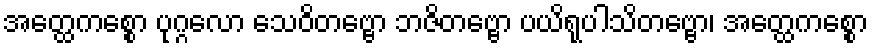
အတ္ထေကစ္စော ပုဂ္ဂလော သေဝိတဗ္ဗော ဘဇိတဗ္ဗော ပယိရုပါသိတဗ္ဗော၊ အတ္ထေကစ္စော